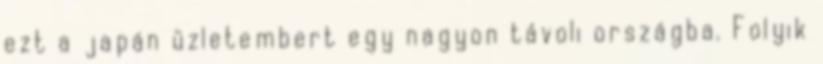
ezt a japán üzletembert egy nagyon távoli országba. Folyik